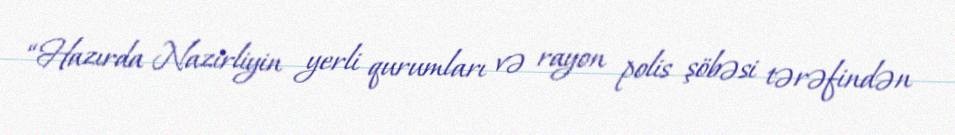
“Hazırda Nazirliyin yerli qurumları və rayon polis şöbəsi tərəfindən